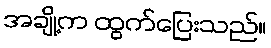
အချို့က ထွက်ပြေးသည်။